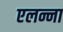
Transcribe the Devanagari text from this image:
एलन्ना